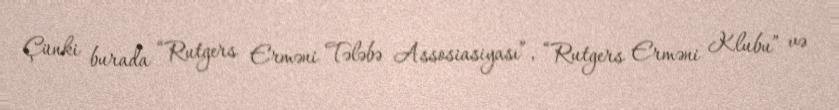
Çünki burada “Rutgers Erməni Tələbə Assosiasiyası”, “Rutgers Erməni Klubu” və